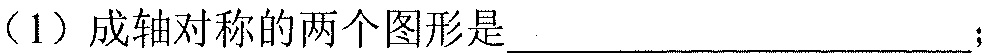
（1）成轴对称的两个图形是____________________；